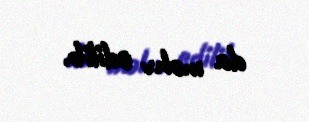
da məhv edilib.